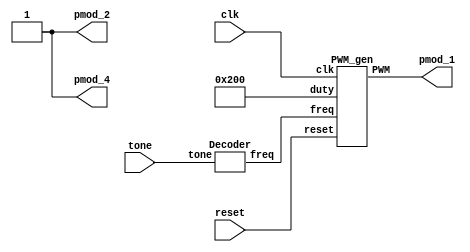
module music (
    input clk,
    input reset,
    input tone, //piano keys
	output pmod_1,	//AIN
	output pmod_2,	//GAIN
	output pmod_4	//SHUTDOWN_N
);
	
wire [31:0] freq;
assign pmod_2 = 1'd1;	//no gain(6dB)
assign pmod_4 = 1'd1;	//turn-on
	
Decoder decoder00 (
	.tone(tone),
	.freq(freq)
);

PWM_gen pwm_0 ( 
	.clk(clk), 
	.reset(reset), 
	.freq(freq),
	.duty(10'd512), 
	.PWM(pmod_1)
);

endmodule

//

module Decoder (
	input tone,
	output reg [31:0] freq 
);

always @(*) begin
	case (tone)
		1'b1: freq = 32'd262 << 2;	//C6
		default : freq = 32'd20000;	//Do-dummy
	endcase
end

endmodule

//

module PWM_gen (
    input wire clk,
    input wire reset,
	input [31:0] freq,
    input [9:0] duty,
    output reg PWM
);

wire [31:0] count_max = 100_000_000 / freq;
wire [31:0] count_duty = count_max * duty / 1024;
reg [31:0] count;
    
always @(posedge clk, posedge reset) begin
    if (reset) begin
        count <= 0;
        PWM <= 0;
    end else if (count < count_max) begin
        count <= count + 1;
		if(count < count_duty)
            PWM <= 1;
        else
            PWM <= 0;
    end else begin
        count <= 0;
        PWM <= 0;
    end
end

endmodule